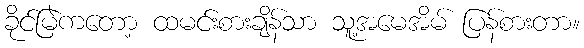
ခိုင်မြဲကတော့ ထမင်းစားချိန်သာ သူ့အမေအိမ် ပြန်စားတာ။